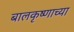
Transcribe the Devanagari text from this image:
बालकृष्णाच्या